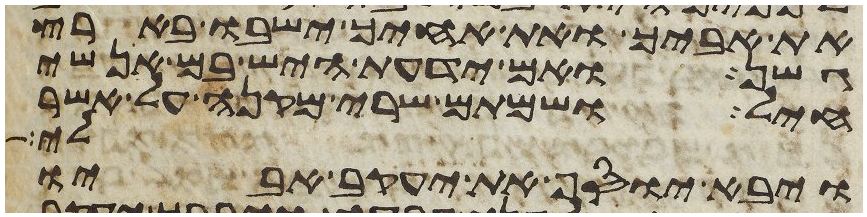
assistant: את אביך ואת אחיך ישבו בארץ
גשן ואם ידעת היש בם אנשי
חיל ושמתם שרי מקנה על אשר
לי
ויבא יוסף את יעקב אביו